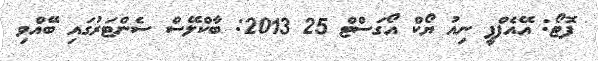
ފޮޓޯ: އޭއެފްޕީ ނިއު ޔޯކް އޯގަސްޓް 25 2013: ބާކްލޭސް ސެންޓަރުގައި ބޭއްވި